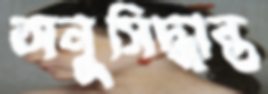
অনুসিদ্ধান্ত